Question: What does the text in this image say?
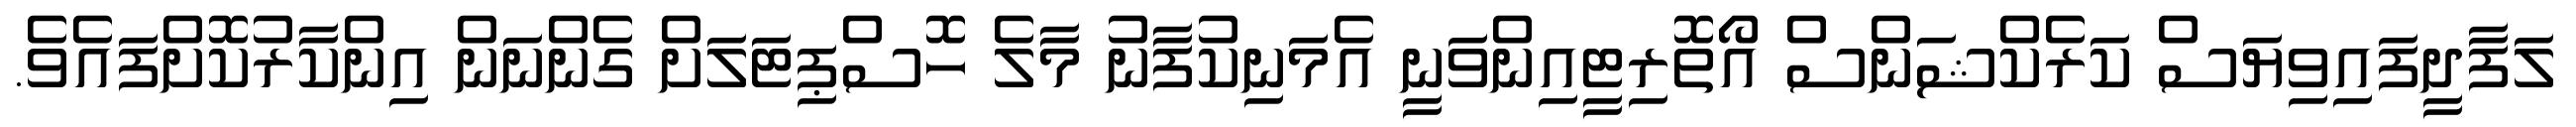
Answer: ލަފާދީފައިވިޔަސް ކަރެކްޝަންސް އޯތޮރިޓީއިންވަނީ އެމަނިކުފާނު މާލެ ހޮސްޕިޓަލަށް ގެންނަން އިންކާރުކޮށްފައެވެ.